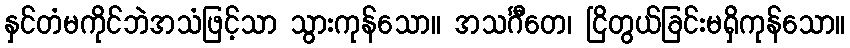
နှင်တံမကိုင်ဘဲအသံဖြင့်သာ သွားကုန်သော။ အသင်္ဂီတေ၊ ငြိတွယ်ခြင်းမရှိကုန်သော။